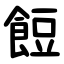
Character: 餖